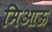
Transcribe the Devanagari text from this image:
मिआऊ